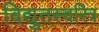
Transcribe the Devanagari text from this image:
विद्युतस्वरित्र